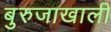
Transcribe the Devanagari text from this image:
बुरुजाखाली